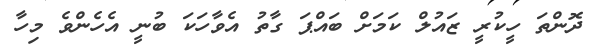
ދޮންތަ ހީކުރީ ޒައުލް ކަމަށް ބައްޕަ ގާތު އެވާހަކަ ބުނީ އެހެންވެ މިހާ